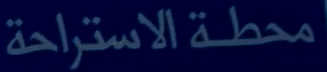
محطة الاستراحة